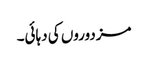
مزدوروں کی دہائی۔